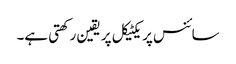
سائنس پریکٹیکل پر یقین رکھتی ہے۔